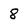
Character: 8